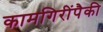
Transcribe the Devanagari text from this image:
कामगिरींपैकी